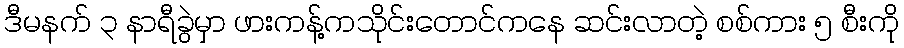
ဒီမနက် ၃ နာရီခွဲမှာ ဖားကန့်ကသိုင်းတောင်ကနေ ဆင်းလာတဲ့ စစ်ကား ၅ စီးကို